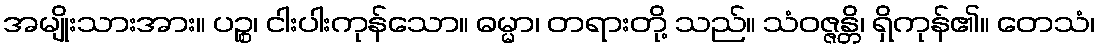
အမျိုးသားအား။ ပဉ္စ၊ ငါးပါးကုန်သော။ ဓမ္မာ၊ တရားတို့ သည်။ သံဝဇ္ဇန္တိ၊ ရှိကုန်၏။ တေသံ၊